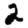
Digit: 2